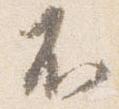
不